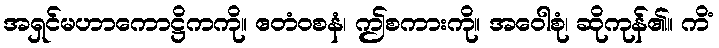
အရှင်မဟာကောဋ္ဌိကကို။ ဧတံဝစနံ၊ ဤစကားကို။ အဝေါစုံ၊ ဆိုကုန်၏။ ကိံ